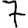
Digit: 7